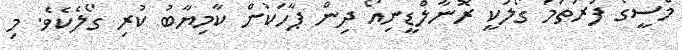
މެސީގެ ފުރަތަމަ ގޯލަކީ ރޮނާލްޑީނިއޯ ދިން ޕާހަކުން ކާމިޔާބު ކުރި ގޯލެކެވެ. މި